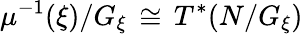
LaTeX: \mu^{-1}(\xi)/G_{\xi}\, \cong\, T^{*}(N/G_{\xi})